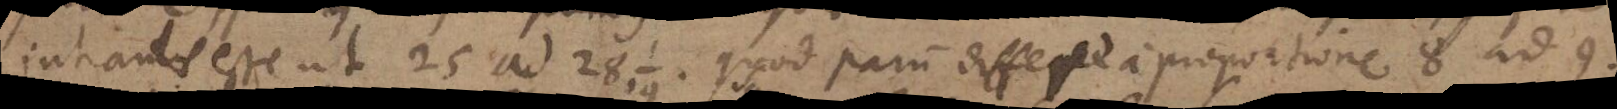
intrantis esse ut 25 ad 28¹⁄₁₉ quod parum differt a proportione 8 ad 9.